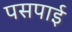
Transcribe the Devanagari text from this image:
पसपाई